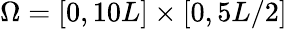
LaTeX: \Omega=[0,10L]\times[0,5L/2]